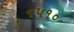
૧૫૧૦